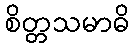
စိတ္တသမာဓိ